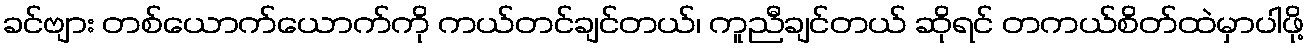
ခင်ဗျား တစ်ယောက်ယောက်ကို ကယ်တင်ချင်တယ်၊ ကူညီချင်တယ် ဆိုရင် တကယ်စိတ်ထဲမှာပါဖို့